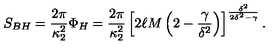
S _ { B H } = { \frac { 2 \pi } { \kappa _ { 2 } ^ { 2 } } } \Phi _ { H } = { \frac { 2 \pi } { \kappa _ { 2 } ^ { 2 } } } \left[ 2 \ell M \left( 2 - { \frac { \gamma } { \delta ^ { 2 } } } \right) \right] ^ { \frac { \delta ^ { 2 } } { 2 \delta ^ { 2 } - \gamma } } .